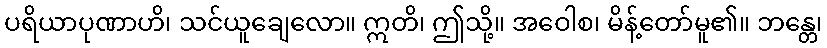
ပရိယာပုဏာဟိ၊ သင်ယူချေလော။ ဣတိ၊ ဤသို့။ အဝေါစ၊ မိန့်တော်မူ၏။ ဘန္တေ၊